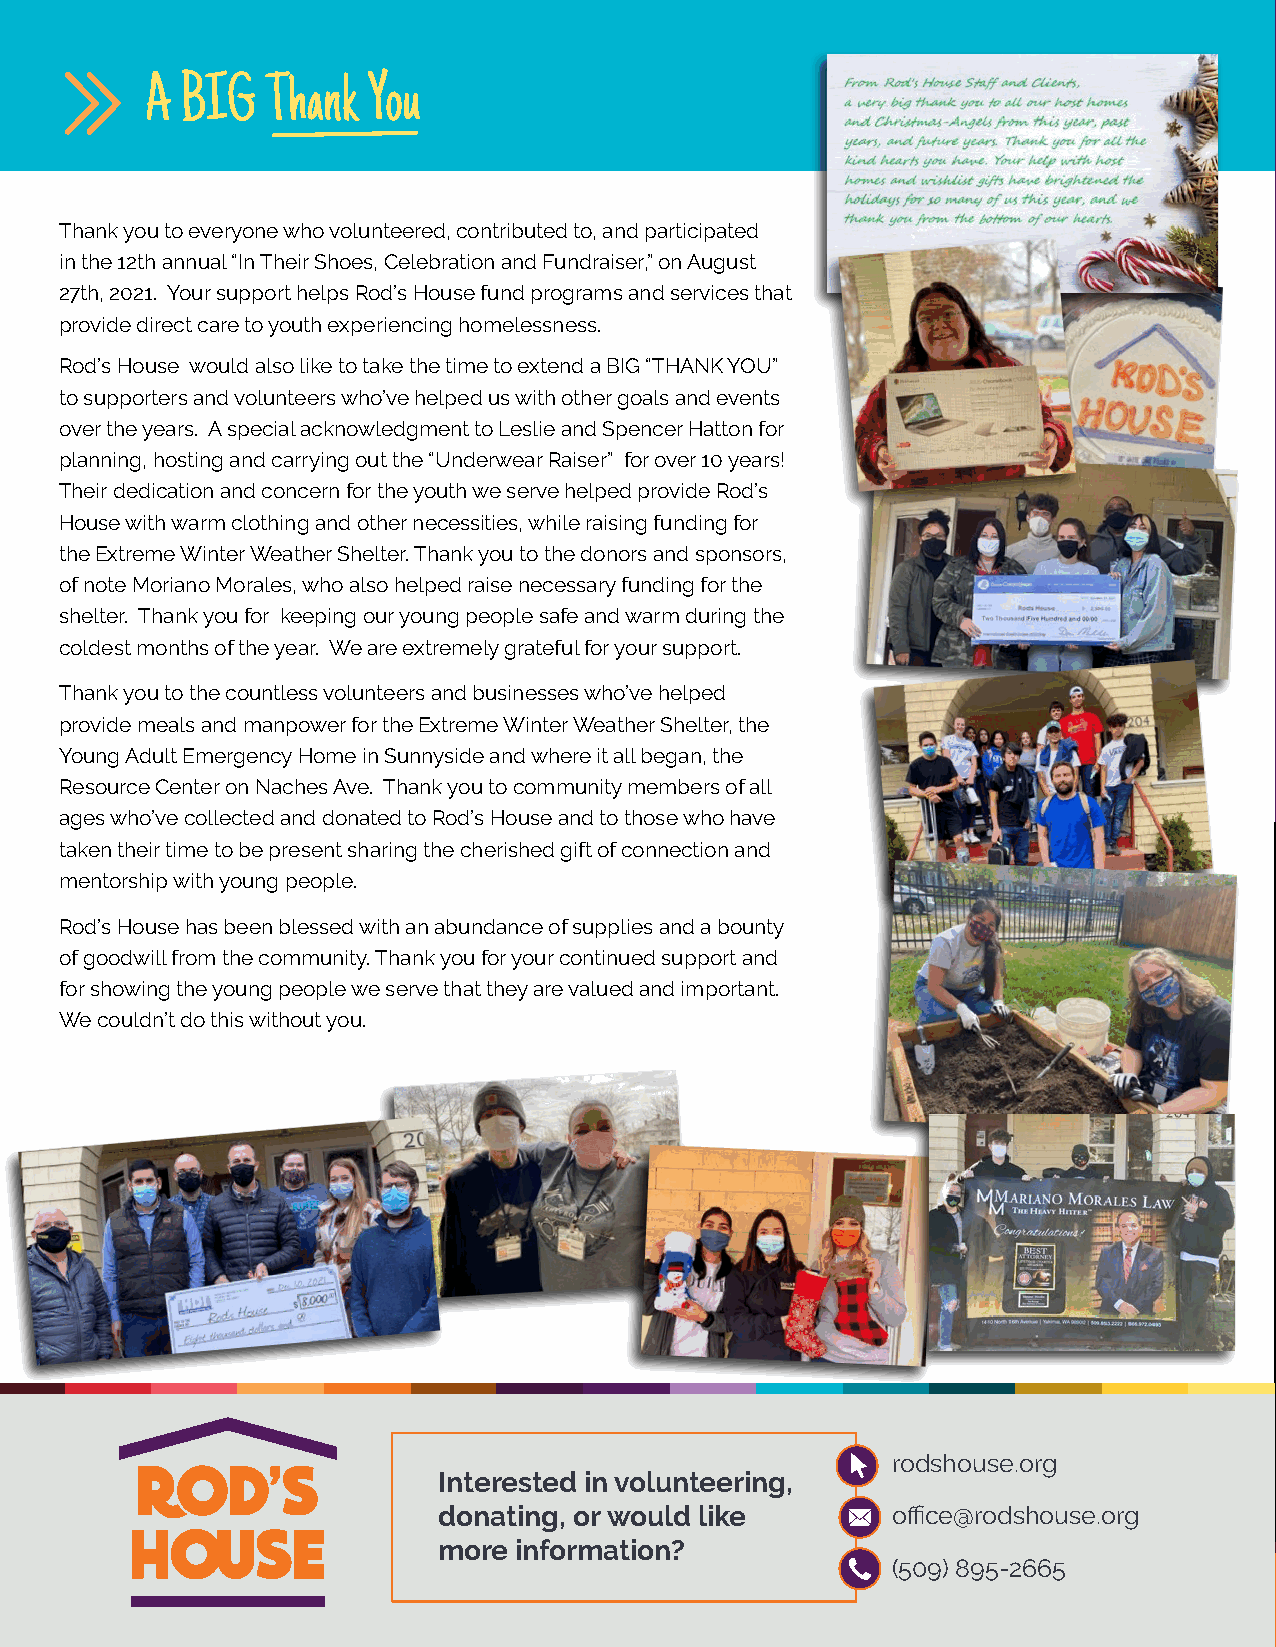
A BIG   Thank You
 Thank you to everyone who volunteered, contributed to, and participated
 P.O. Box 2283
 in the 12th annual “In Their Shoes, Celebration and Fundraiser,” on August
 Yakima, WA 98907
 27th, 2021. Your support helps Rod’s House fund programs and services that
 provide direct care to youth experiencing homelessness.
 Winter
 Rod’s House would also like to take the time to extend a BIG “THANK YOU”
 to supporters and volunteers who’ve helped us with other goals and events
 over the years. A special acknowledgment to Leslie and Spencer Hatton for            Newsletter
 planning, hosting and carrying out the “Underwear Raiser” for over 10 years!
 Their dedication and concern for the youth we serve helped provide Rod’s
 2022
 House with warm clothing and other necessities, while raising funding for
 the Extreme Winter Weather Shelter. Thank you to the donors and sponsors,
 of note Moriano Morales, who also helped raise necessary funding for the
 shelter. Thank you for keeping our young people safe and warm during the
 coldest months of the year. We are extremely grateful for your support.
 Thank you to the countless volunteers and businesses who’ve helped
 provide meals and manpower for the Extreme Winter Weather Shelter, the
 Young Adult Emergency Home in Sunnyside and where it all began, the                                                                    www.rodshouse.org
 Resource Center on Naches Ave. Thank you to community members of all
 ages who’ve collected and donated to Rod’s House and to those who have
 taken their time to be present sharing the cherished gift of connection and
 mentorship with young people.
 Rod’s House has been blessed with an abundance of supplies and a bounty
 of goodwill from the community. Thank you for your continued support and
 for showing the young people we serve that they are valued and important.
 We couldn’t do this without you.
 rodshouse.org
 Interested in volunteering,
 donating, or would like       office@rodshouse.org
 more information?
 (509) 895-2665                                 RESPECT.      EMPOWER.        CONNECT.